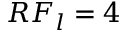
R F _ { l } = 4